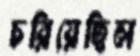
চরিয়েছিল